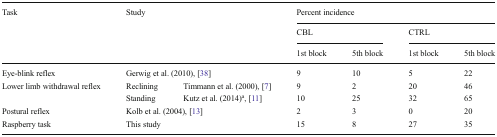
| <ROWSPAN=3> Task | <ROWSPAN=3-COLSPAN=2> Study | <COLSPAN=4> Percent incidence |
 | <COLSPAN=2> CBL | <COLSPAN=2> CTRL |
 | 1st block | 5th block | 1st block | 5th block |
 | --- | --- | --- | --- | --- | --- | --- |
 | Eye-blink reflex | <COLSPAN=2> Gerwig et al. (2010), [38] | 9 | 10 | 5 | 22 |
 | <ROWSPAN=2> Lower limb withdrawal reflex | Reclining | Timmann et al. (2000), [7] | 9 | 2 | 20 | 46 |
 | Standing | Kutz et al. (2014)a, [11] | 10 | 25 | 32 | 65 |
 | Postural reflex | <COLSPAN=2> Kolb et al. (2004), [13] | 2 | 3 | 0 | 20 |
 | Raspberry task | <COLSPAN=2> This study | 15 | 8 | 27 | 35 |